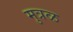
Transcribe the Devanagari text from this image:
मुत्रळ